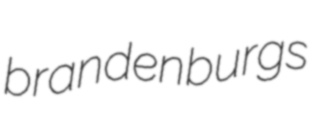
brandenburgs